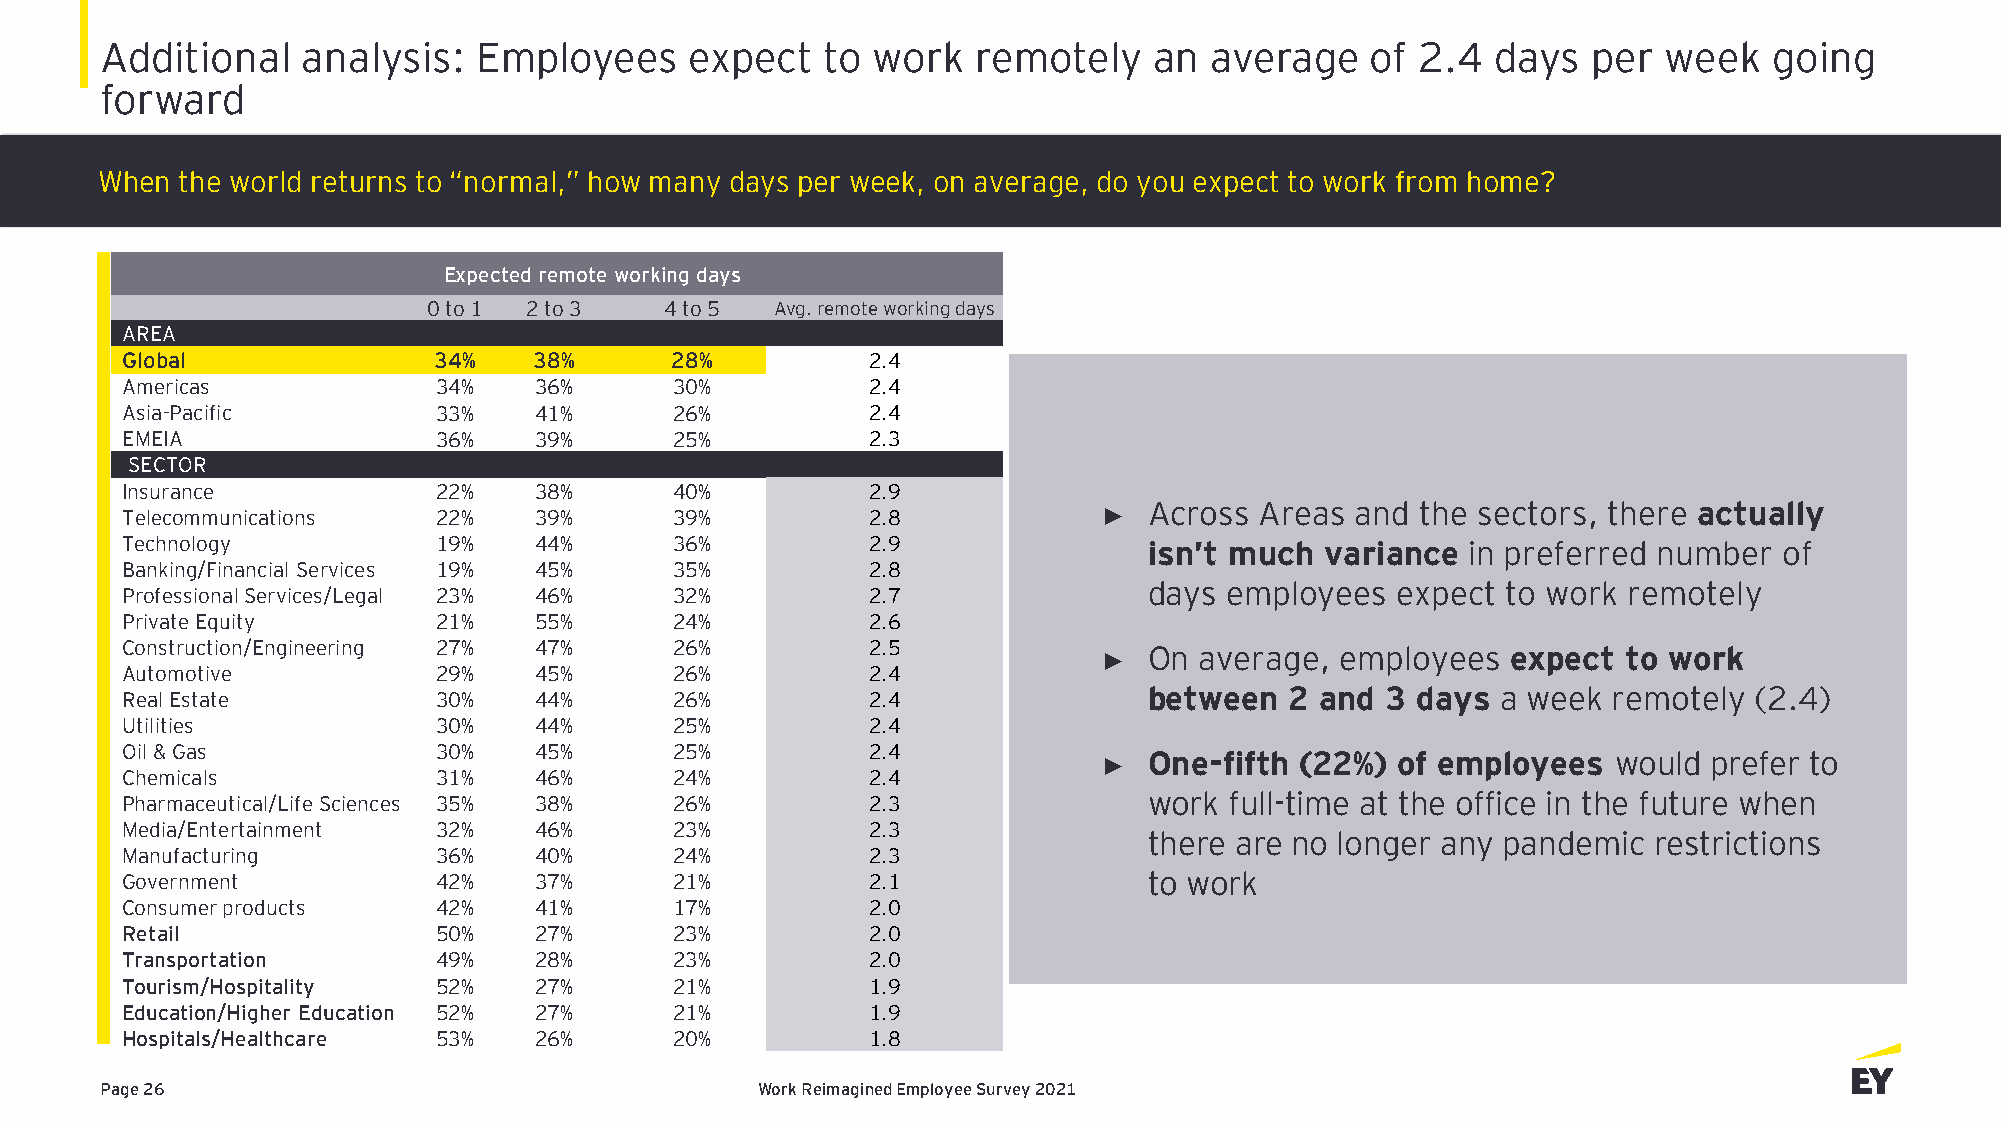
Additional   analysis:   Employees     expect   to work   remotely   an  average    of 2.4  days  per  week   going
 forward
 When  the world returns to “normal,” how many days per week, on average, do you expect to work from home?
 Expected remote working days
 0 to 1 2 to 3   4 to 5 Avg. remote working days
 AREA
 Global               34%   38%      28%          2.4
 Americas             34%   36%       30%         2.4
 Asia-Pacific         33%   41%       26%         2.4
 EMEIA                36%   39%       25%         2.3
 SECTOR
 Insurance            22%   38%       40%         2.9
 Across Areas  and the sectors, there actually
 Telecommunications   22%   39%       39%         2.8             ►
 Technology           19%   44%       36%         2.9                isn’t much  variance in preferred number  of
 Banking/Financial Services 19% 45%   35%         2.8
 days employees  expect  to work remotely
 Professional Services/Legal 23% 46%  32%         2.7
 Private Equity       21%   55%       24%         2.6
 Construction/Engineering 27% 47%     26%         2.5                On average,  employees  expect  to work
 ►
 Automotive           29%   45%       26%         2.4
 between  2 and  3 days a week  remotely (2.4)
 Real Estate          30%   44%       26%         2.4
 Utilities            30%   44%       25%         2.4
 Oil & Gas            30%   45%       25%         2.4                One-fifth (22%) of employees   would prefer to
 ►
 Chemicals            31%   46%       24%         2.4
 work full-time at the office in the future when
 Pharmaceutical/Life Sciences 35% 38% 26%         2.3
 Media/Entertainment  32%   46%       23%         2.3
 there are no longer any pandemic restrictions
 Manufacturing        36%   40%       24%         2.3
 Government           42%   37%       21%         2.1                to work
 Consumer products    42%   41%       17%         2.0
 Retail               50%   27%       23%         2.0
 Transportation       49%   28%       23%         2.0
 Tourism/Hospitality  52%   27%       21%         1.9
 Education/Higher Education 52% 27%   21%         1.9
 Hospitals/Healthcare 53%   26%       20%         1.8
 Page 26                                    Work Reimagined Employee Survey 2021